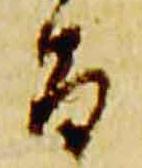
旨